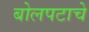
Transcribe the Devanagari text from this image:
बोलपटाचे